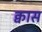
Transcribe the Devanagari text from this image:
क्वास